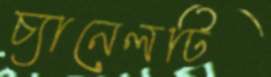
চ্যানেলটি